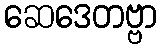
ဆေဒေတဗ္ဗာ